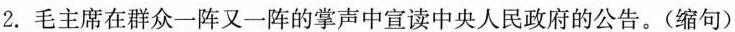
2.毛主席在群众一阵又一阵的掌声中宣读中央人民政府的公告。(缩句)